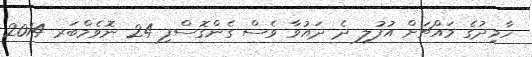
ހާމިދުގެ މައްޗަށް އުފުލި ދެ ދައުވާ ވެސް ގެންގޮސްފި 24 ނޮވެމްބަރ 2014